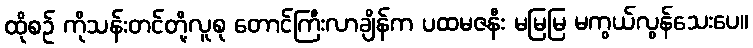
ထိုစဉ် ကိုသန်းတင်တို့လူစု တောင်ကြီးလာချိန်က ပထမဇနီး မမြမြ မကွယ်လွန်သေးပေ။